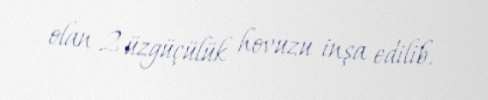
olan 2 üzgüçülük hovuzu inşa edilib.